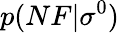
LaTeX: p(NF|\sigma^{0})